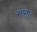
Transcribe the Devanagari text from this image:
नाना।